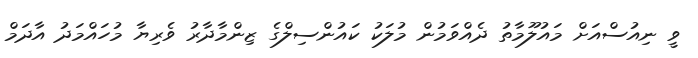
ވީ ނިއުސްއަށް މައުލޫމާތު ދެއްވަމުން މުލަކު ކައުންސިލްގެ ޒިންމާދާރު ވެރިޔާ މުހައްމަދު އާދަމް